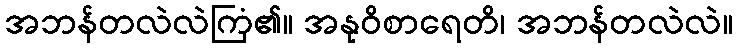
အဘန်တလဲလဲကြံ၏။ အနုဝိစာရေတိ၊ အဘန်တလဲလဲ။